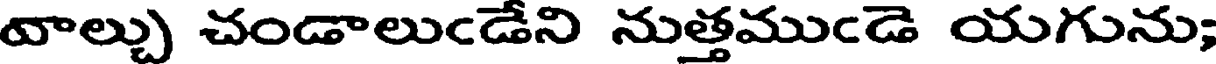
వాల్చు చండాలుఁడేని నుత్తముఁడె యగును;